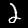
Digit: 2